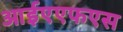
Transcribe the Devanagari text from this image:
आईएएफएस